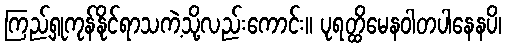
ကြည့်ရှုကုန်နိုင်ရာသကဲ့သို့လည်းကောင်း။ ပုရတ္ထိမေနဝါတပါနေနပိ၊